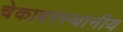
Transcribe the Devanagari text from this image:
चेकावरस्थानीय